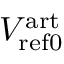
V _ { \mathrm { r e f 0 } } ^ { \mathrm { a r t } }